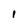
Character: I